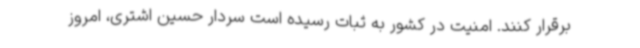
برقرار کنند. امنیت در کشور به ثبات رسیده است سردار حسین اشتری، امروز